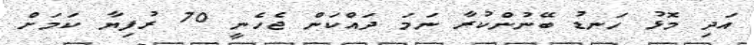
އަދި މޮޅު ހަނޑު ބޭނުންކުރާ ނަމަ ދައްކަން ޖެހެނީ 70 ރުފިޔާ ކަމަށް